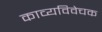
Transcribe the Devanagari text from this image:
काव्यविवेचक